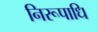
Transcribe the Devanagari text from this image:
निरूपाधि